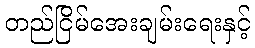
တည်ငြိမ်အေးချမ်းရေးနှင့်